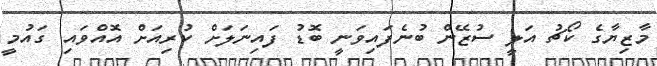
މާޒިޔާގެ ކޯޗު އަލީ ސުޒޭން ބުނެފައިވަނީ ބޮޑު ފައިނަލަށް ކުރިއަށް އޮއްވައި ގައުމީ